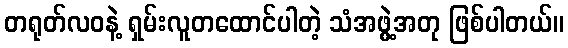
တရုတ်လဝနဲ့ ရှမ်းလူတထောင်ပါတဲ့ သံအဖွဲ့အတု ဖြစ်ပါတယ်။